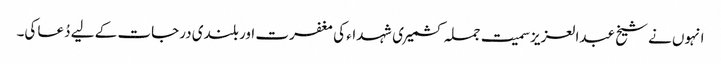
انہوں نے شیخ عبدالعزیزسمیت جملہ کشمیری شہداء کی مغفرت اور بلندی درجات کے لیے دُعا کی۔